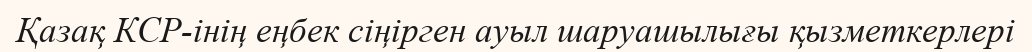
Қазақ КСР-інің еңбек сіңірген ауыл шаруашылығы қызметкерлері